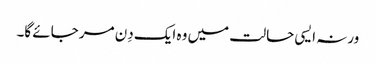
ورنہ ایسی حالت میں وہ ایک دِن مر جائے گا۔